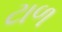
ટાળ